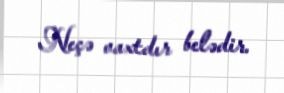
Neçə vaxtdır belədir.